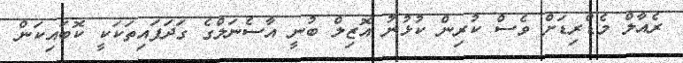
ރެއާލް މެޑްރިޑަށް ވެސް ކުރިން ކުޅުނު އޮޒިލް ބުނީ އާސެނަލްގެ ގަދަފައިތަކަކީ ކޮބައިކަން